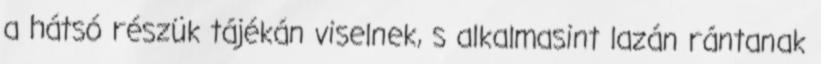
a hátsó részük tájékán viselnek, s alkalmasint lazán rántanak